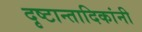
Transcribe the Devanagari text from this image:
दृष्टान्तादिकांनी